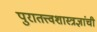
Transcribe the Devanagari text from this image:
पुरातत्त्वशास्त्रज्ञांची